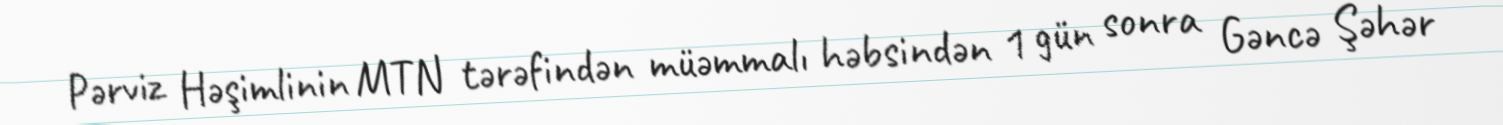
Pərviz Həşimlinin MTN tərəfindən müəmmalı həbsindən 1 gün sonra Gəncə Şəhər